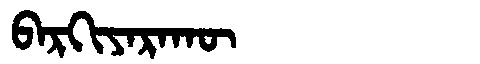
Manchu: ᠪᠠᡵᡴᡳᠶᠠᡵᠠᡴᡡ
Romanization: BARKIYARAKŪ